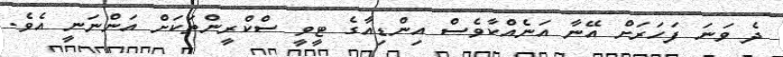
ދެ ވަނަ ފަހަރަށް އޭނާ އަނެއްކާވެސް އިންޑިއާގެ ޓީވީ ސްކްރީންތަކަށް އަންނަނީ އެވެ.